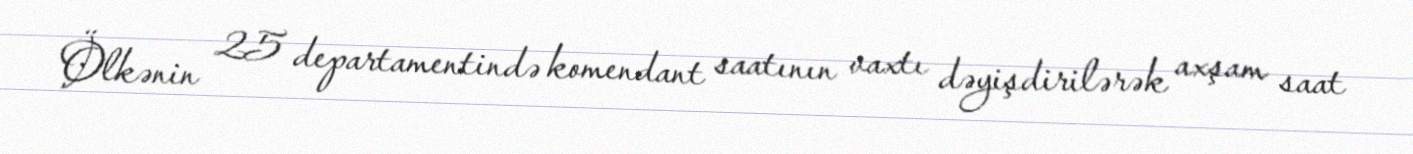
Ölkənin 25 departamentində komendant saatının vaxtı dəyişdirilərək axşam saat